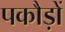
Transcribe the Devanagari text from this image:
पकौड़ों